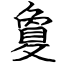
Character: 敻